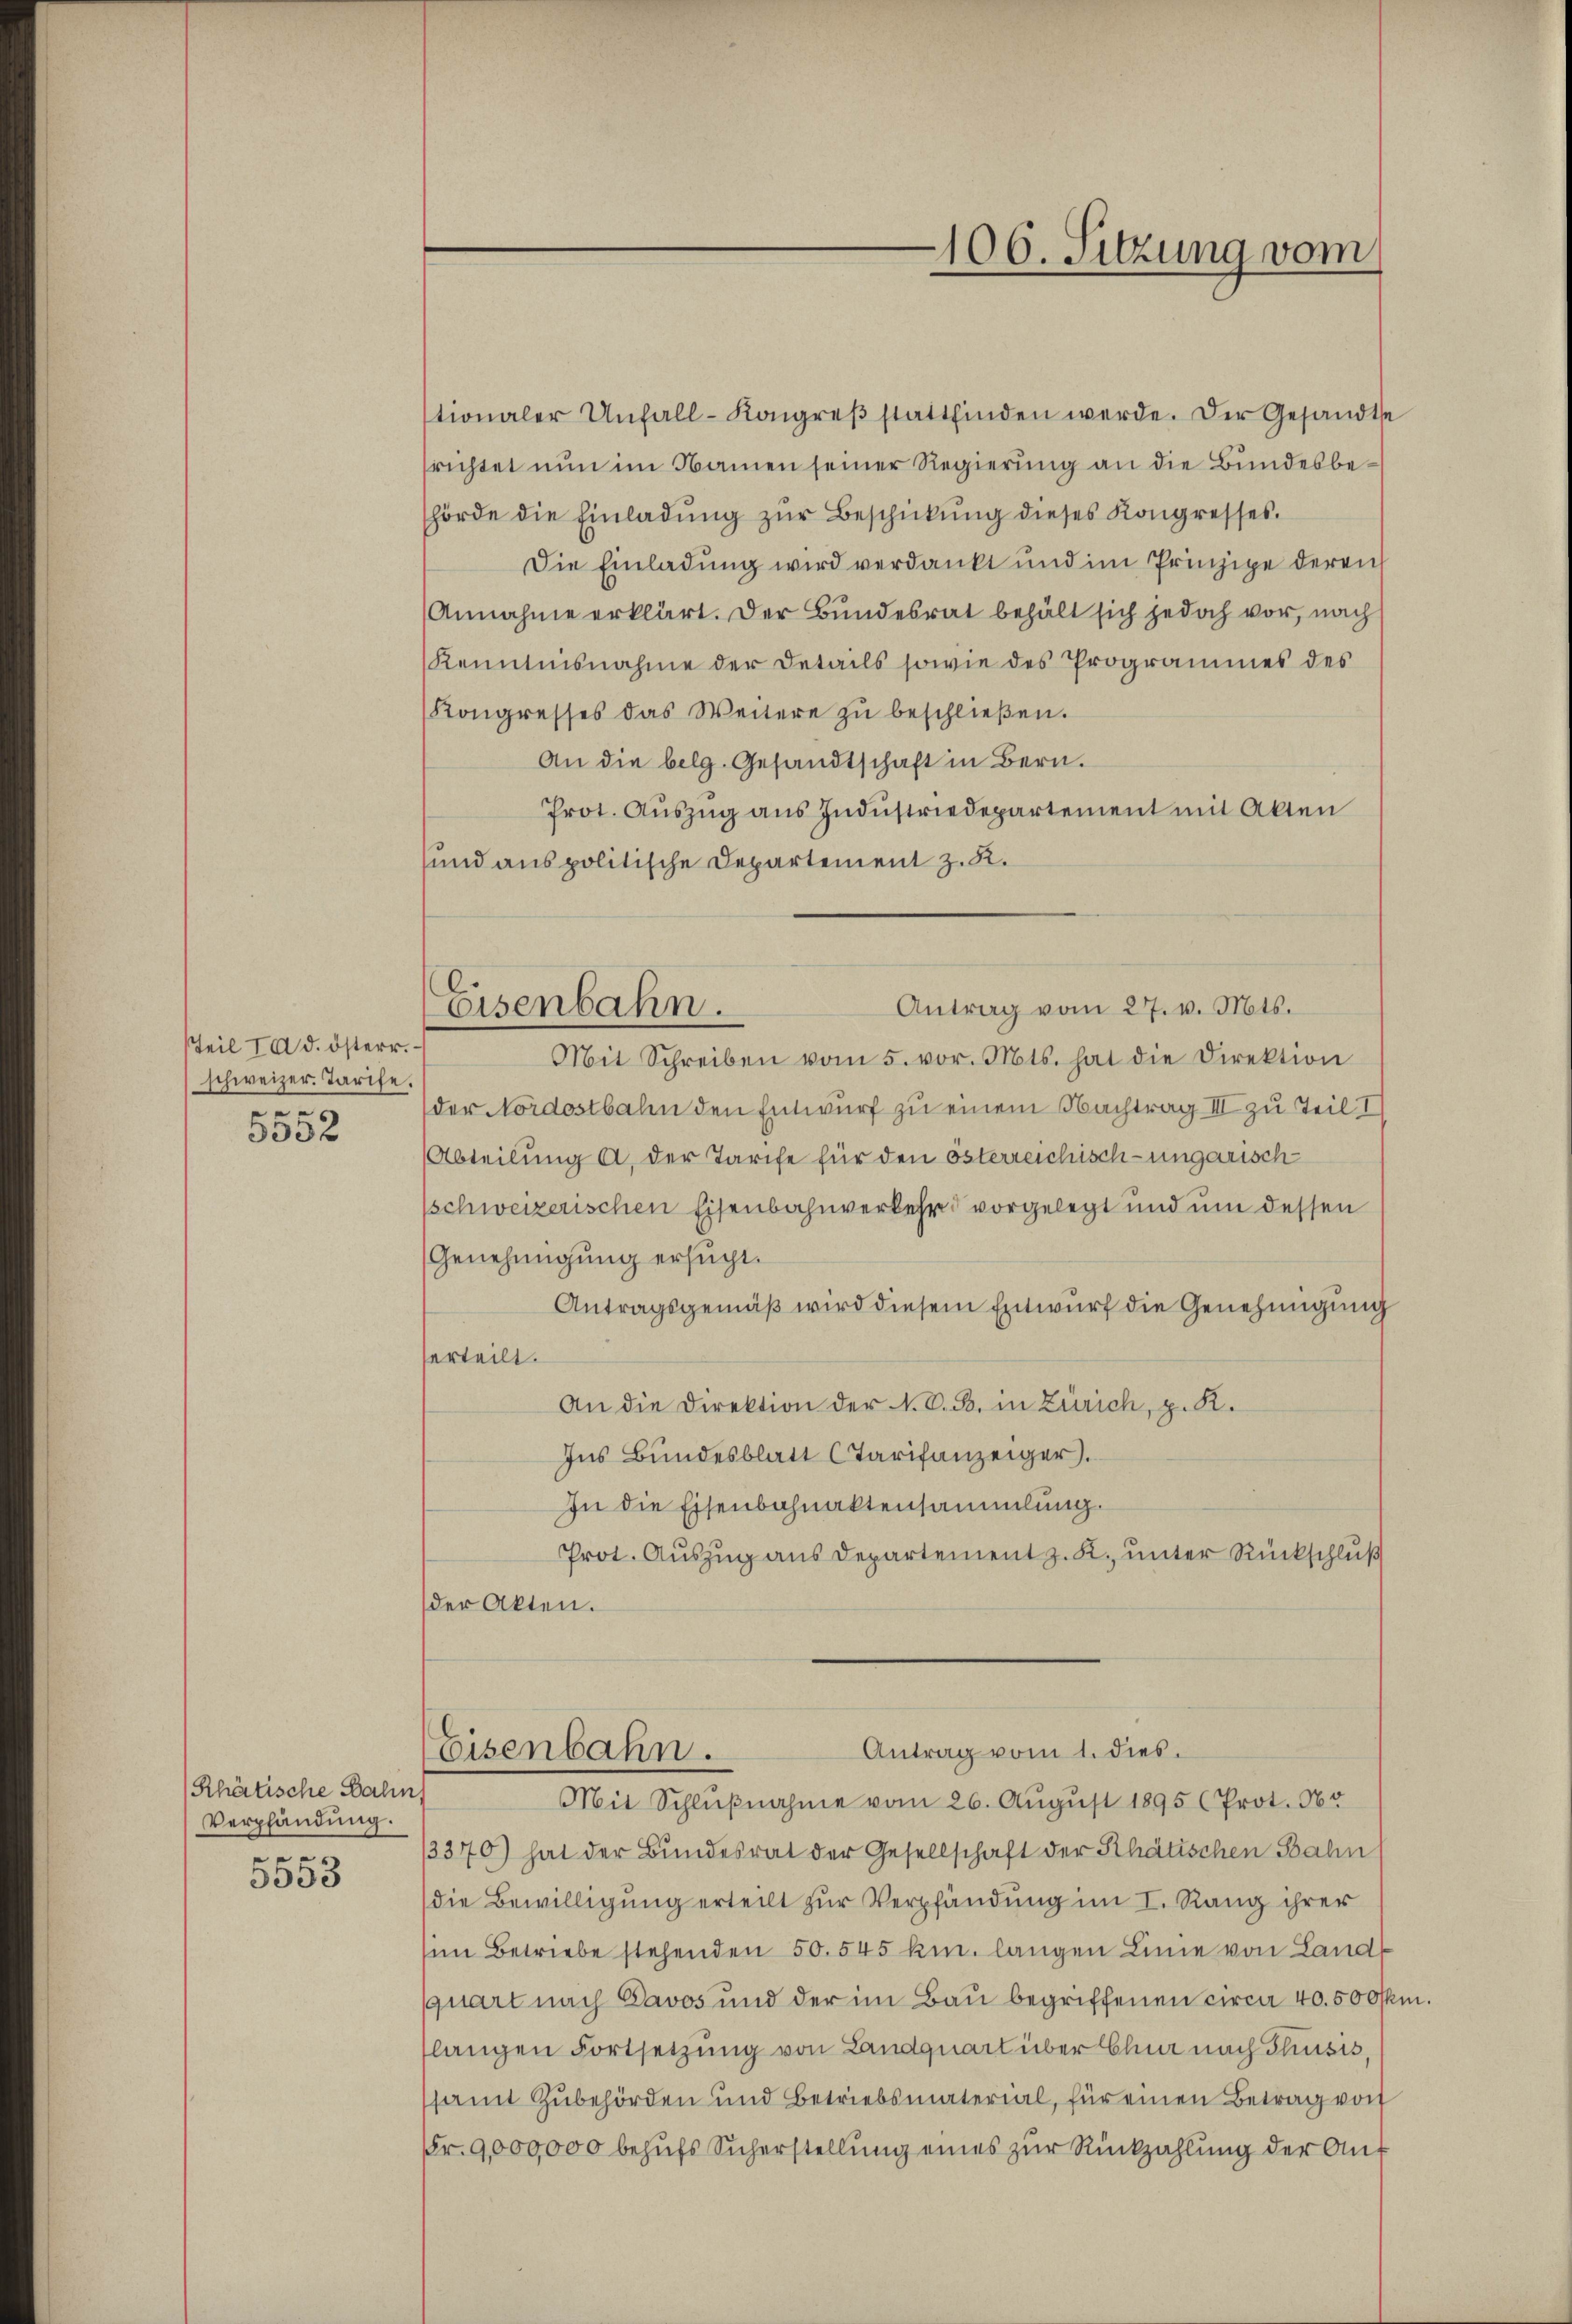
Teil Id d. österr.
schweizer. Tarife
.
5532

/Rhätische Bahn
Verpfändung.
e

5053

Eisenbahn.

106. Sitzung vom

tionaler Unfall-Kongreß stattfinden werde. Der Gesandte
richtet nun im Namen seiner Regierung an die Bundesbehörde die Einladŭng zŭr Beschickŭng dieses Kongresses.
Die Einladung wird verdankt und im Prinzipe deren
Annahme erklärt. Der Bundesrat behält sich jedoch vor, nach
Kenntnisnahme der Details sowie des Programmes des
Kongresses das Weitere zŭ beschlieβen.
An die belg. Gesandtschaft in Bern.
Prot. Aŭszŭg aŭs Indŭstriedepartement mit Alten
sund aus politische Departement z. R.

Antrag vom 27. v. Mts.
Mit Schreiben vom 5. vor. Mts. hat die Direktion
der Nordostbalen den Entwurf zu einem Nachtrag III zu Teil I
Abteilung a. der Tarife für den österreichisch-ungarisch
sschweizerischen Eisenbahnverkehr vorgelegt und um dessen
Genehmigung ersucht.
Antragsgemäß wird diesem Entwurf die Genehmigung
erteilt.
An die Direktion der N. V. B. in Zürich, p. K.
Ins Bundesblatt CTarifanzeiger.
In die Eisenbahnaktensammlung.
Prot. Auszug aus Departement z. K. unter Rückschluß
der Akten.

Antrag vom 1. dies
Eisenbahn.
Mit Schlŭβnahme vom 26. August 1895 (Prot. 165

/3370) hat der Bundesrat der Gesellschaft der Rhätischen Bahn
die Bewilligung erteilt zur Verpfändung im I. Rang ihrer
sim Betriebe stehenden 50. 545 km. langen Linie von Landquart nach Davos und der im Bau begriffenen circa 40. 500 m.
slangen Fortsetzung von Landquart über Chur nach Thusis,
samt Zubehörden und Betriebsmaterial, für einen Betrag von
Fr. 9,000,000 behufs Sicherstellung eines zur Rückzahlung der An¬